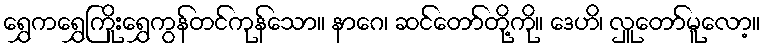
ရွှေကရွှေကြိုးရွှေကွန်တင်ကုန်သော။ နာဂေ၊ ဆင်တော်တို့ကို။ ဒေဟိ၊ လှူတော်မူလော့။